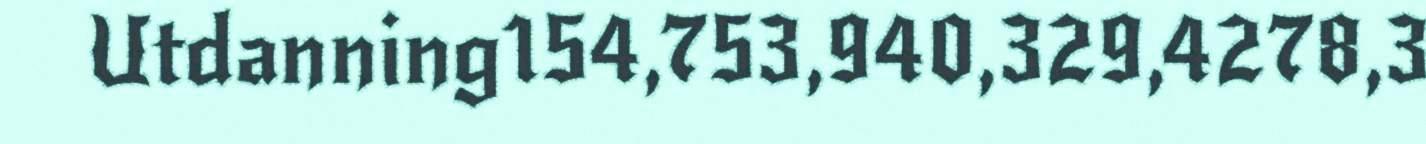
Utdanning154,753,940,329,4278,3